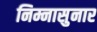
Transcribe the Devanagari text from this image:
निम्नासुनार